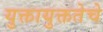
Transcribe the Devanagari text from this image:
युक्तायुक्ततेचे